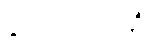
ဒွါဒသာကာရံ